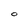
Character: O